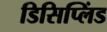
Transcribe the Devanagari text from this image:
डिसिप्लिंड